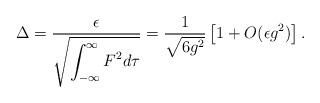
LaTeX: \begin{align*}\Delta = \frac{\epsilon}{\sqrt{\displaystyle\int_{-\infty}^\infty F^2 d\tau}} =\frac{1}{\sqrt{6g^2}}\left[ 1+ O( \epsilon g^2 )\right].\end{align*}